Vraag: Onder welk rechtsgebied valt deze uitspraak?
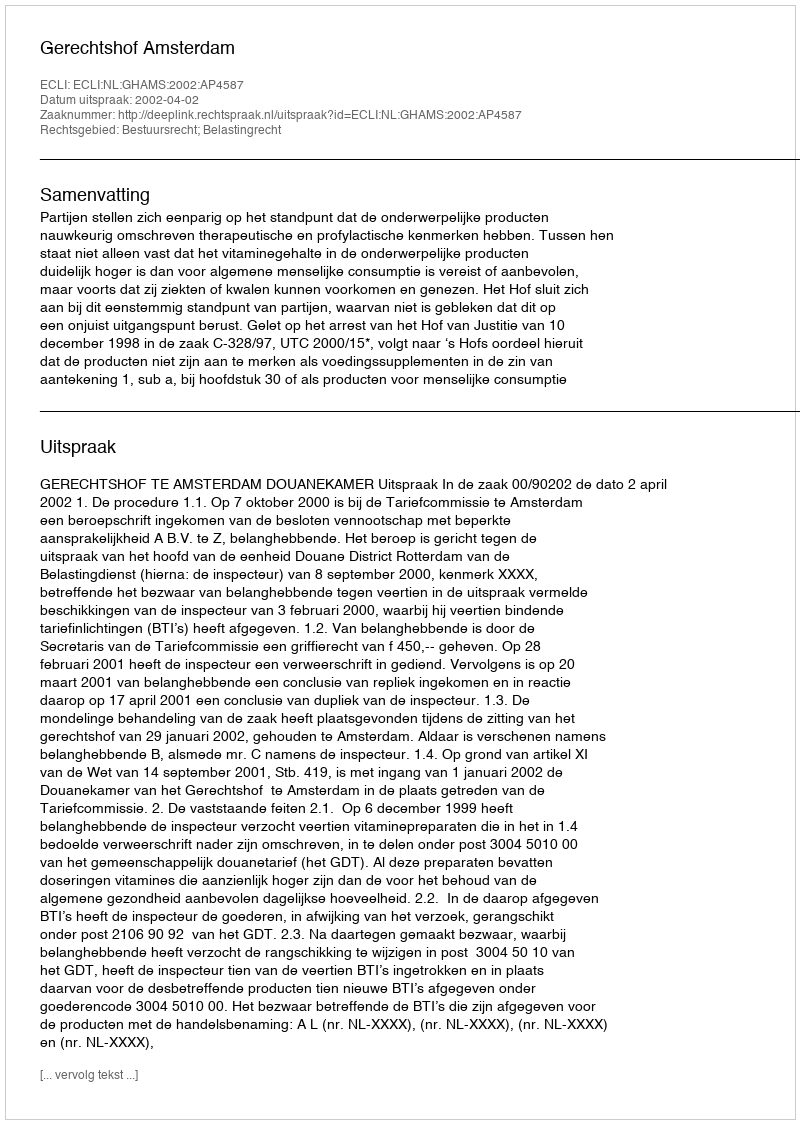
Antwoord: Bestuursrecht; Belastingrecht